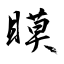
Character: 瞙